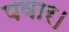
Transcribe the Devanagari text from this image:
पवार।